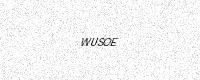
Text: WUSOE